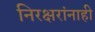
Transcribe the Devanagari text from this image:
निरक्षरांनाही